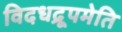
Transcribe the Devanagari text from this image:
विदधद्रूपमेति